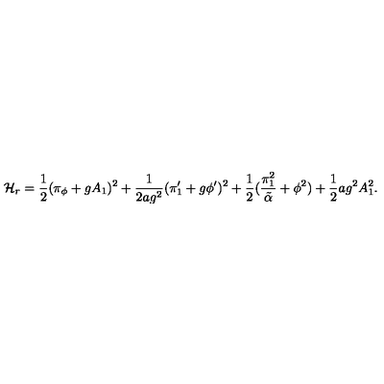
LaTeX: { \cal H } _ { r } = { \frac { 1 } { 2 } } ( \pi _ { \phi } + g A _ { 1 } ) ^ { 2 } + { \frac { 1 } { 2 a g ^ { 2 } } } ( \pi _ { 1 } ^ { \prime } + g \phi ^ { \prime } ) ^ { 2 } + { \frac { 1 } { 2 } } ( { \frac { \pi _ { 1 } ^ { 2 } } { \tilde { \alpha } } } + \phi ^ { 2 } ) + { \frac { 1 } { 2 } } a g ^ { 2 } A _ { 1 } ^ { 2 } .